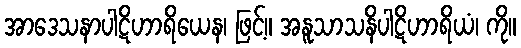
အာဒေသနာပါဋိဟာရိယေန၊ ဖြင့်။ အနူသာသနိပါဋိဟာရိယံ၊ ကို။